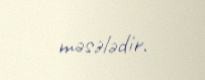
məsələdir.